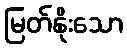
မြတ်နိုးသော